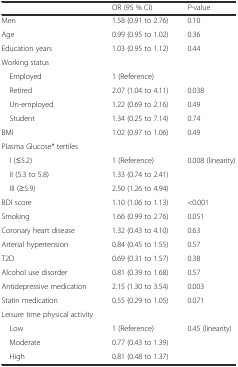
<table><thead><tr><td></td><td><b>OR (95 % CI)</b></td><td><b><i>P</i>-value</b></td></tr></thead><tbody><tr><td>Men</td><td>1.58 (0.91 to 2.76)</td><td>0.10</td></tr><tr><td>Age</td><td>0.99 (0.95 to 1.02)</td><td>0.36</td></tr><tr><td>Education years</td><td>1.03 (0.95 to 1.12)</td><td>0.44</td></tr><tr><td>Working status</td><td></td><td></td></tr><tr><td> Employed</td><td>1 (Reference)</td><td></td></tr><tr><td> Retired</td><td>2.07 (1.04 to 4.11)</td><td>0.038</td></tr><tr><td> Un-employed</td><td>1.22 (0.69 to 2.16)</td><td>0.49</td></tr><tr><td> Student</td><td>1.34 (0.25 to 7.14)</td><td>0.74</td></tr><tr><td>BMI</td><td>1.02 (0.97 to 1.06)</td><td>0.49</td></tr><tr><td>Plasma Glucose* tertiles</td><td></td><td></td></tr><tr><td> I (≤5.2)</td><td>1 (Reference)</td><td>0.008 (linearity)</td></tr><tr><td> II (5.3 to 5.8)</td><td>1.33 (0.74 to 2.41)</td><td></td></tr><tr><td> III (≥5.9)</td><td>2.50 (1.26 to 4.94)</td><td></td></tr><tr><td>BDI score</td><td>1.10 (1.06 to 1.13)</td><td>&lt;0.001</td></tr><tr><td>Smoking</td><td>1.66 (0.99 to 2.76)</td><td>0.051</td></tr><tr><td>Coronary heart disease</td><td>1.32 (0.43 to 4.10)</td><td>0.63</td></tr><tr><td>Arterial hypertension</td><td>0.84 (0.45 to 1.55)</td><td>0.57</td></tr><tr><td>T2D</td><td>0.69 (0.31 to 1.57)</td><td>0.38</td></tr><tr><td>Alcohol use disorder</td><td>0.81 (0.39 to 1.68)</td><td>0.57</td></tr><tr><td>Antidepressive medication</td><td>2.15 (1.30 to 3.54)</td><td>0.003</td></tr><tr><td>Statin medication</td><td>0.55 (0.29 to 1.05)</td><td>0.071</td></tr><tr><td>Leisure time physical activity</td><td></td><td></td></tr><tr><td> Low</td><td>1 (Reference)</td><td>0.45 (linearity)</td></tr><tr><td> Moderate</td><td>0.77 (0.43 to 1.39)</td><td></td></tr><tr><td> High</td><td>0.81 (0.48 to 1.37)</td><td></td></tr></tbody></table>